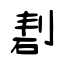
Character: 剨